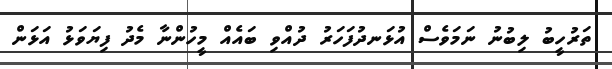
ތަރުހީބު ލިބުނު ނަމަވެސް އުޅަނދުފަހަރު ދުއްވި ބައެއް މީހުންނާ މެދު ފިޔަވަޅު އަޅަން